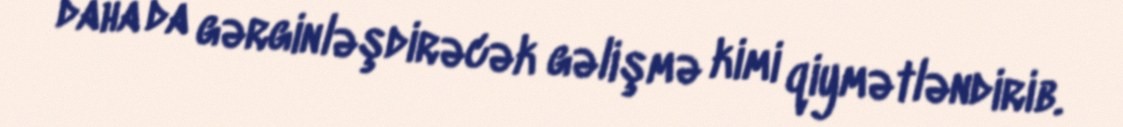
daha da gərginləşdirəcək gəlişmə kimi qiymətləndirib.